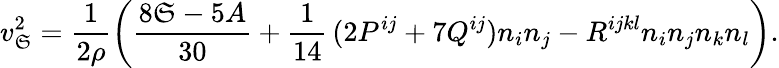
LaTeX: v_{\mathfrak{S}}^{2}=\frac{1}{{2\rho}}\left(\frac{{8\mathfrak{S}-5A}}{{30}}+\frac{1}{{14}}\, (2P^{ij}+7Q^{ij})n_{i}n_{j}-R^{ijkl}n_{i}n_{j}n_{k}n_{l}\right).